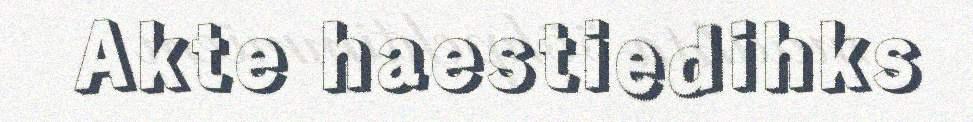
Akte haestiedihks